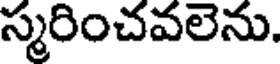
స్మరించవలెను.